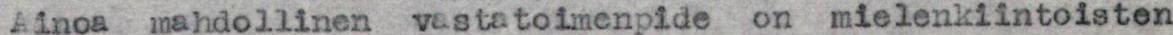
Ainoa  mahdollinen vastatoimenpide on mielenkiintoisten